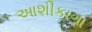
આશીકાગા